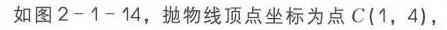
如图2 - 1 - 14，抛物线顶点坐标为点\(C(1,4)\)，